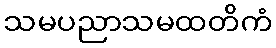
သမပညာသမထတိကံ